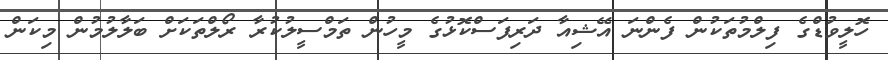
ހޮލީވުޑްގެ ފިލްމުތަކުން ފެންނަ އޭޝިއާ ދަރިފަސްކޮޅުގެ މީހުން ތަމްސީލުކުރާ ރޯލްތަކަށް ބަލާލުމުން މިކަން